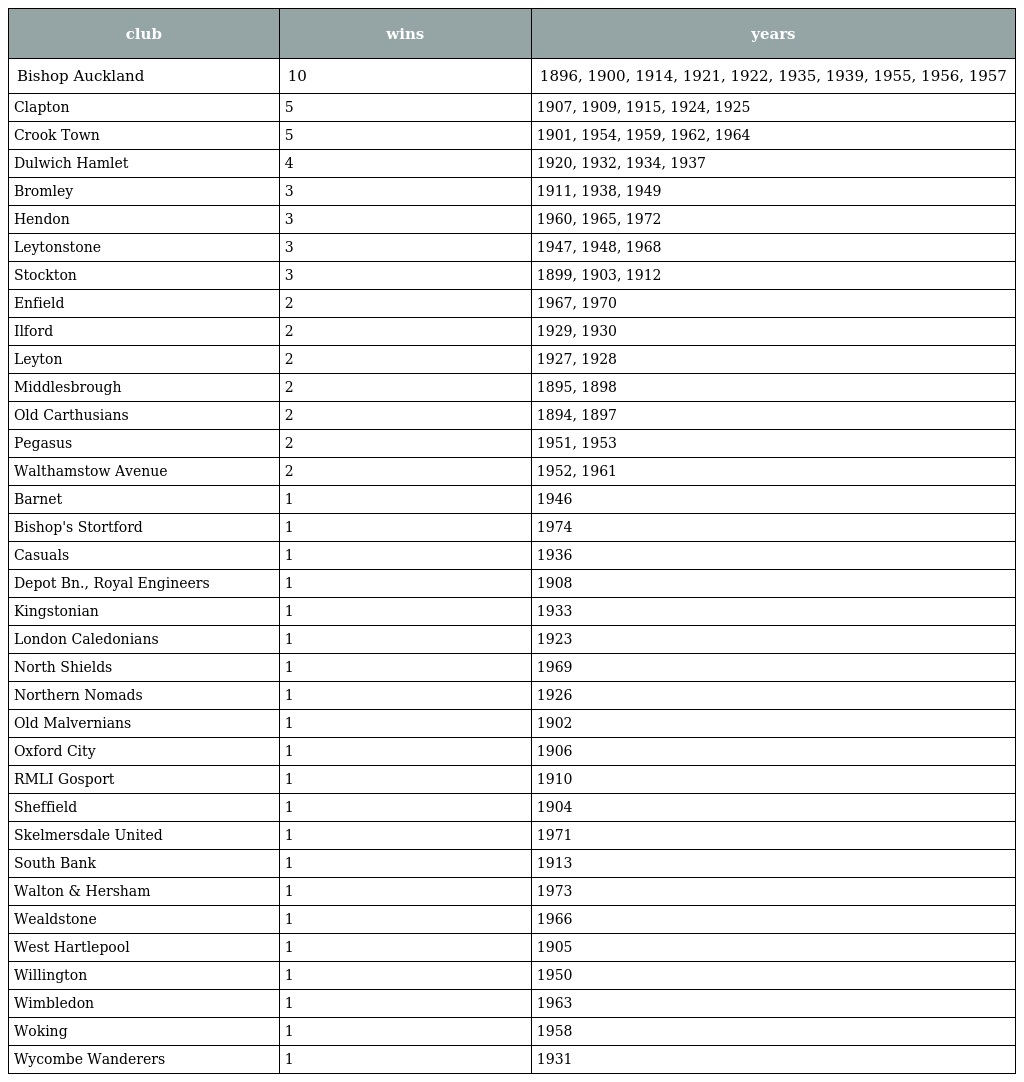
| club | wins | years |
 | --- | --- | --- |
 | Bishop Auckland | 10 | 1896, 1900, 1914, 1921, 1922, 1935, 1939, 1955, 1956, 1957 |
 | Clapton | 5 | 1907, 1909, 1915, 1924, 1925 |
 | Crook Town | 5 | 1901, 1954, 1959, 1962, 1964 |
 | Dulwich Hamlet | 4 | 1920, 1932, 1934, 1937 |
 | Bromley | 3 | 1911, 1938, 1949 |
 | Hendon | 3 | 1960, 1965, 1972 |
 | Leytonstone | 3 | 1947, 1948, 1968 |
 | Stockton | 3 | 1899, 1903, 1912 |
 | Enfield | 2 | 1967, 1970 |
 | Ilford | 2 | 1929, 1930 |
 | Leyton | 2 | 1927, 1928 |
 | Middlesbrough | 2 | 1895, 1898 |
 | Old Carthusians | 2 | 1894, 1897 |
 | Pegasus | 2 | 1951, 1953 |
 | Walthamstow Avenue | 2 | 1952, 1961 |
 | Barnet | 1 | 1946 |
 | Bishop's Stortford | 1 | 1974 |
 | Casuals | 1 | 1936 |
 | Depot Bn., Royal Engineers | 1 | 1908 |
 | Kingstonian | 1 | 1933 |
 | London Caledonians | 1 | 1923 |
 | North Shields | 1 | 1969 |
 | Northern Nomads | 1 | 1926 |
 | Old Malvernians | 1 | 1902 |
 | Oxford City | 1 | 1906 |
 | RMLI Gosport | 1 | 1910 |
 | Sheffield | 1 | 1904 |
 | Skelmersdale United | 1 | 1971 |
 | South Bank | 1 | 1913 |
 | Walton & Hersham | 1 | 1973 |
 | Wealdstone | 1 | 1966 |
 | West Hartlepool | 1 | 1905 |
 | Willington | 1 | 1950 |
 | Wimbledon | 1 | 1963 |
 | Woking | 1 | 1958 |
 | Wycombe Wanderers | 1 | 1931 |